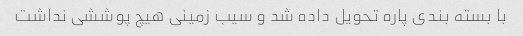
با بسته بندی پاره تحویل داده شد و سیب زمینی هیچ پوششی نداشت